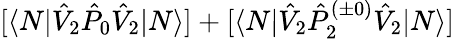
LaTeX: [\langle N|\hat{V}_{2}\hat{P}_{0}\hat{V}_{2}|N\rangle]+[\langle N|\hat{V}_{2}\hat{P}_{2}^{(\pm 0)}\hat{V}_{2}|N\rangle]